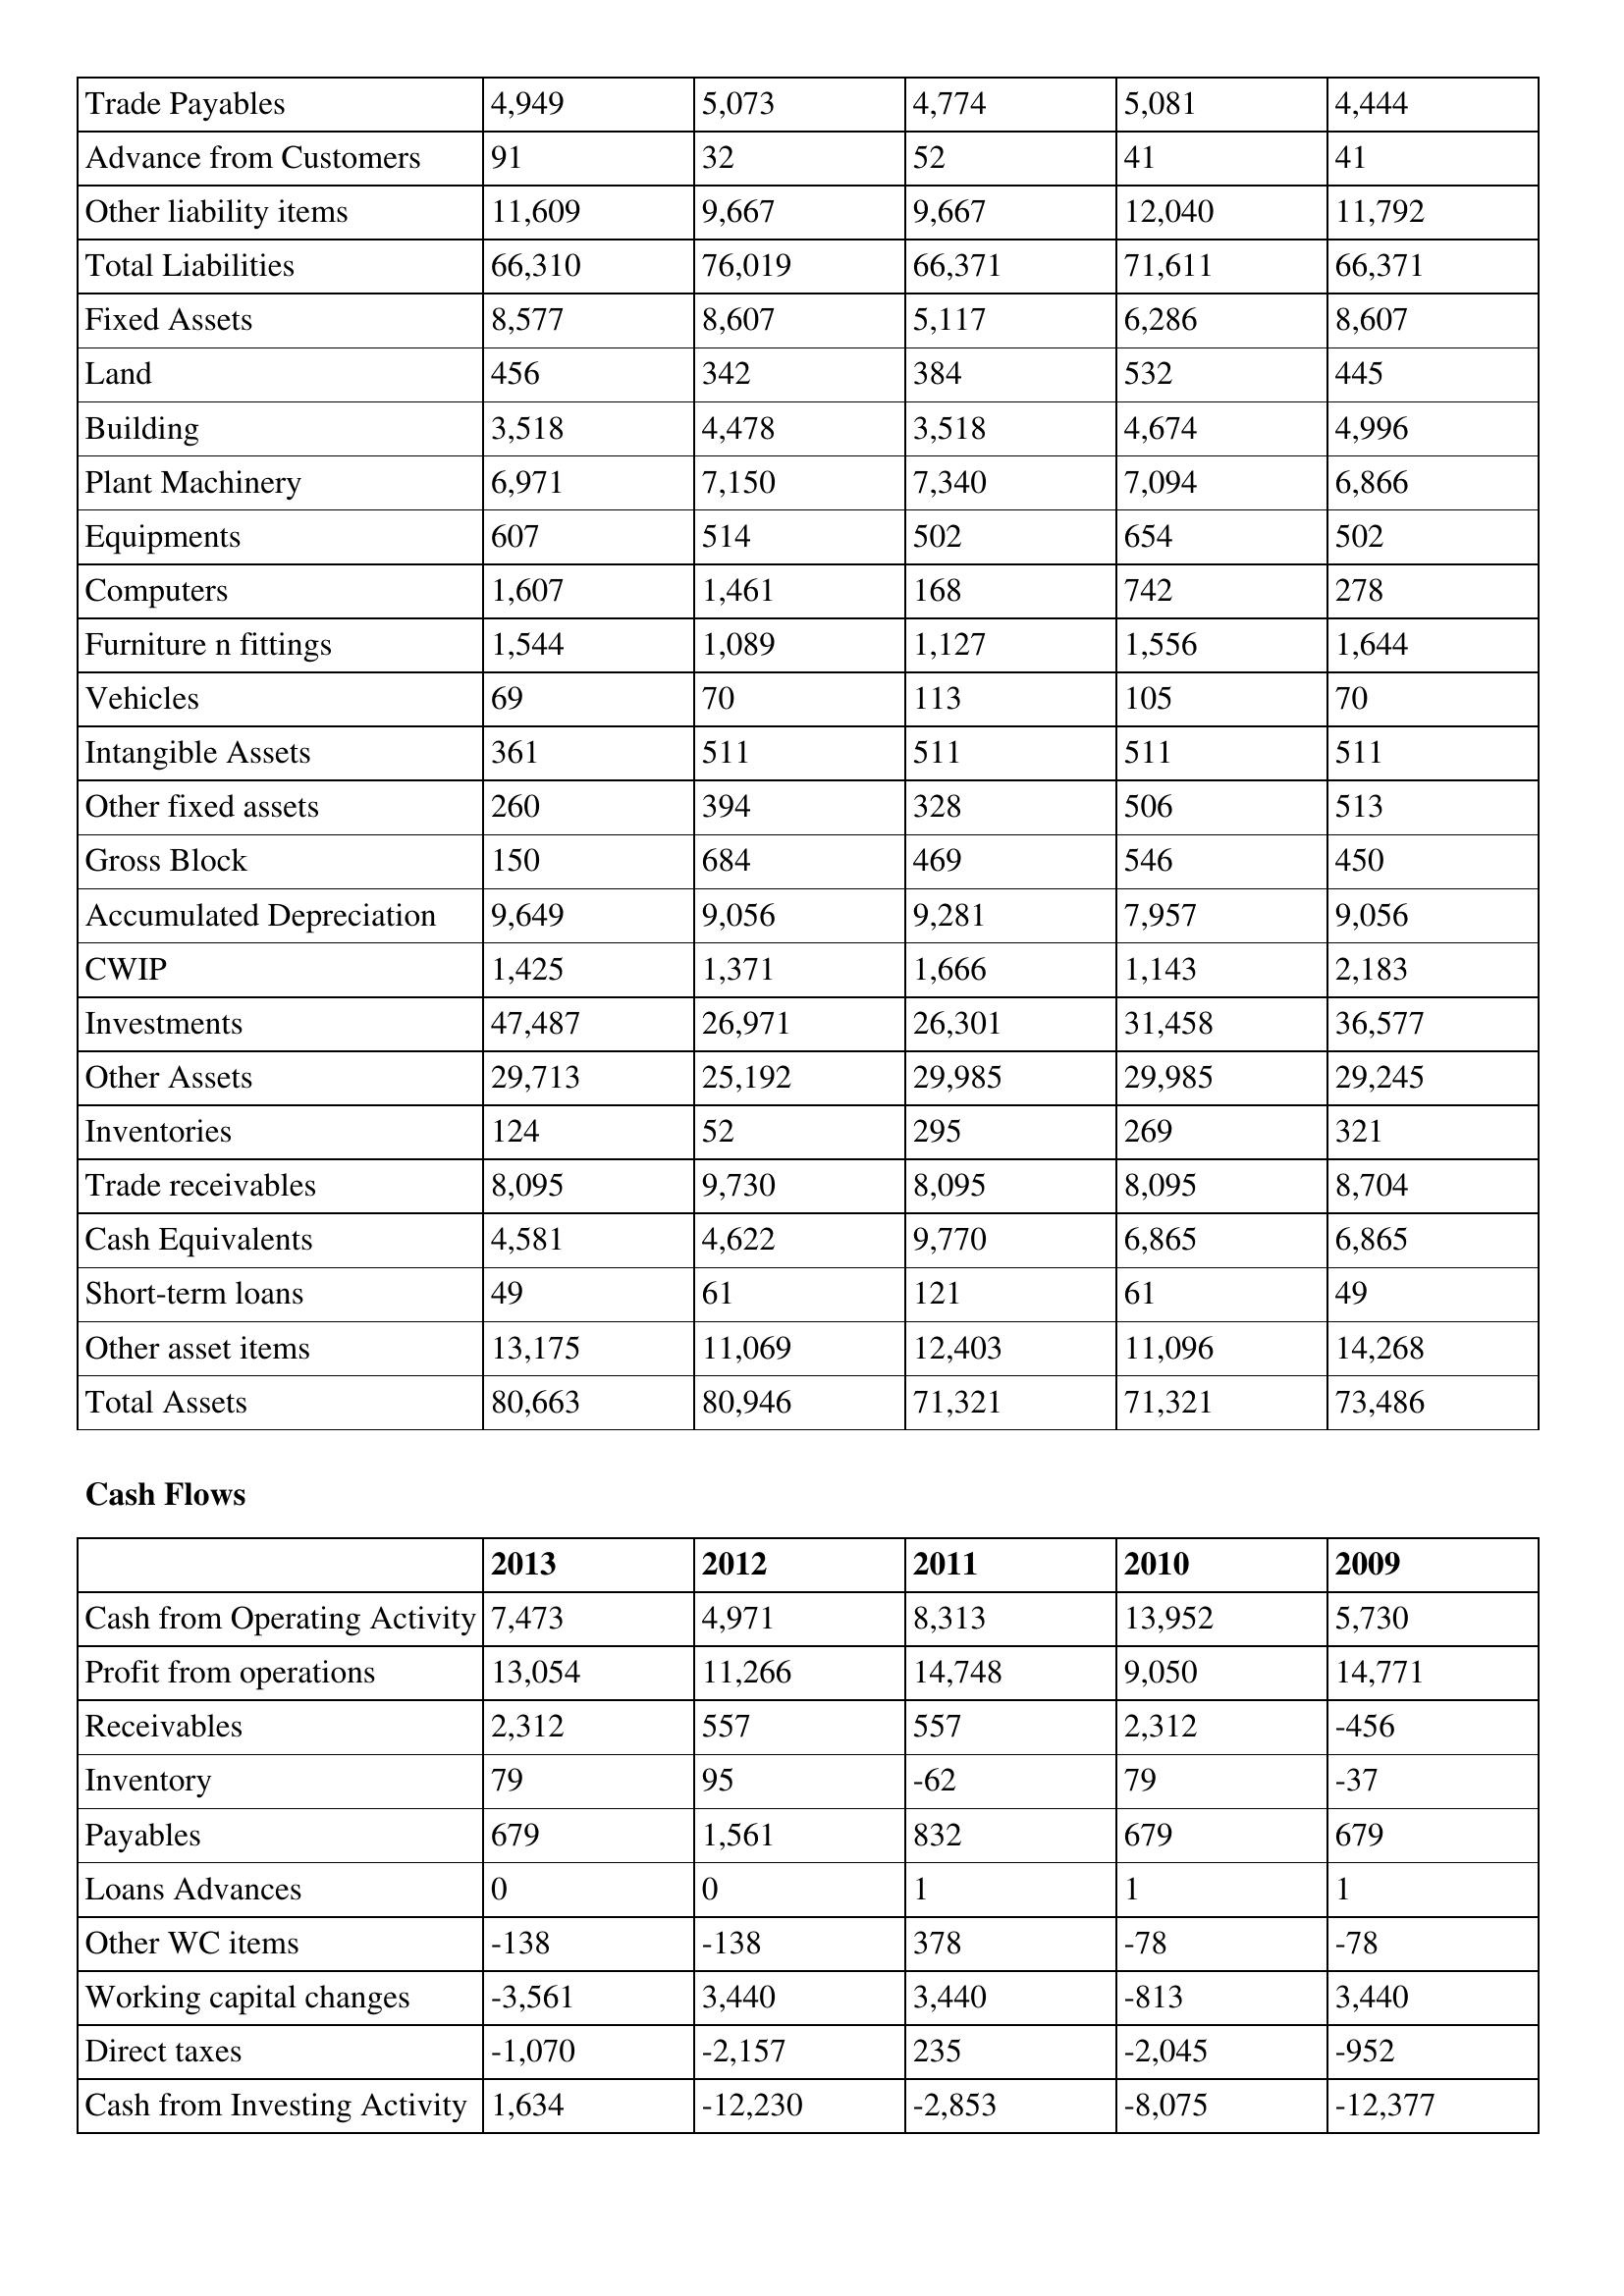
gt_parse: 2013: Balance Sheet: Trade Payables: 4,949
Advance from Customers: 91
Other liability items: 11,609
Total Liabilities: 66,310
Fixed Assets: 8,577
Land: 456
Building: 3,518
Plant Machinery: 6,971
Equipments: 607
Computers: 1,607
Furniture n fittings: 1,544
Vehicles: 69
Intangible Assets: 361
Other fixed assets: 260
Gross Block: 150
Accumulated Depreciation: 9,649
CWIP: 1,425
Investments: 47,487
Other Assets: 29,713
Inventories: 124
Trade receivables: 8,095
Cash Equivalents: 4,581
Short-term loans: 49
Other asset items: 13,175
Total Assets: 80,663
Cash Flows: Cash from Operating Activity: 7,473
Profit from operations: 13,054
Receivables: 2,312
Inventory: 79
Payables: 679
Loans Advances: 0
Other WC items: -138
Working capital changes: -3,561
Direct taxes: -1,070
Cash from Investing Activity: 1,634
2012: Balance Sheet: Trade Payables: 5,073
Advance from Customers: 32
Other liability items: 9,667
Total Liabilities: 76,019
Fixed Assets: 8,607
Land: 342
Building: 4,478
Plant Machinery: 7,150
Equipments: 514
Computers: 1,461
Furniture n fittings: 1,089
Vehicles: 70
Intangible Assets: 511
Other fixed assets: 394
Gross Block: 684
Accumulated Depreciation: 9,056
CWIP: 1,371
Investments: 26,971
Other Assets: 25,192
Inventories: 52
Trade receivables: 9,730
Cash Equivalents: 4,622
Short-term loans: 61
Other asset items: 11,069
Total Assets: 80,946
Cash Flows: Cash from Operating Activity: 4,971
Profit from operations: 11,266
Receivables: 557
Inventory: 95
Payables: 1,561
Loans Advances: 0
Other WC items: -138
Working capital changes: 3,440
Direct taxes: -2,157
Cash from Investing Activity: -12,230
2011: Balance Sheet: Trade Payables: 4,774
Advance from Customers: 52
Other liability items: 9,667
Total Liabilities: 66,371
Fixed Assets: 5,117
Land: 384
Building: 3,518
Plant Machinery: 7,340
Equipments: 502
Computers: 168
Furniture n fittings: 1,127
Vehicles: 113
Intangible Assets: 511
Other fixed assets: 328
Gross Block: 469
Accumulated Depreciation: 9,281
CWIP: 1,666
Investments: 26,301
Other Assets: 29,985
Inventories: 295
Trade receivables: 8,095
Cash Equivalents: 9,770
Short-term loans: 121
Other asset items: 12,403
Total Assets: 71,321
Cash Flows: Cash from Operating Activity: 8,313
Profit from operations: 14,748
Receivables: 557
Inventory: -62
Payables: 832
Loans Advances: 1
Other WC items: 378
Working capital changes: 3,440
Direct taxes: 235
Cash from Investing Activity: -2,853
2010: Balance Sheet: Trade Payables: 5,081
Advance from Customers: 41
Other liability items: 12,040
Total Liabilities: 71,611
Fixed Assets: 6,286
Land: 532
Building: 4,674
Plant Machinery: 7,094
Equipments: 654
Computers: 742
Furniture n fittings: 1,556
Vehicles: 105
Intangible Assets: 511
Other fixed assets: 506
Gross Block: 546
Accumulated Depreciation: 7,957
CWIP: 1,143
Investments: 31,458
Other Assets: 29,985
Inventories: 269
Trade receivables: 8,095
Cash Equivalents: 6,865
Short-term loans: 61
Other asset items: 11,096
Total Assets: 71,321
Cash Flows: Cash from Operating Activity: 13,952
Profit from operations: 9,050
Receivables: 2,312
Inventory: 79
Payables: 679
Loans Advances: 1
Other WC items: -78
Working capital changes: -813
Direct taxes: -2,045
Cash from Investing Activity: -8,075
2009: Balance Sheet: Trade Payables: 4,444
Advance from Customers: 41
Other liability items: 11,792
Total Liabilities: 66,371
Fixed Assets: 8,607
Land: 445
Building: 4,996
Plant Machinery: 6,866
Equipments: 502
Computers: 278
Furniture n fittings: 1,644
Vehicles: 70
Intangible Assets: 511
Other fixed assets: 513
Gross Block: 450
Accumulated Depreciation: 9,056
CWIP: 2,183
Investments: 36,577
Other Assets: 29,245
Inventories: 321
Trade receivables: 8,704
Cash Equivalents: 6,865
Short-term loans: 49
Other asset items: 14,268
Total Assets: 73,486
Cash Flows: Cash from Operating Activity: 5,730
Profit from operations: 14,771
Receivables: -456
Inventory: -37
Payables: 679
Loans Advances: 1
Other WC items: -78
Working capital changes: 3,440
Direct taxes: -952
Cash from Investing Activity: -12,377